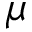
\mu